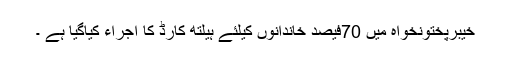
خیبرپختونخواہ میں 70فیصد خاندانوں کیلئے ہیلتھ کارڈ کا اجراء کیاگیا ہے ۔